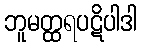
ဘူမတ္ထရပဋိပါဒါ